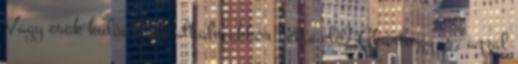
Vagy csak különleges alkalmakkor vette elő? Akárhogy is, azzal